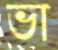
ভা